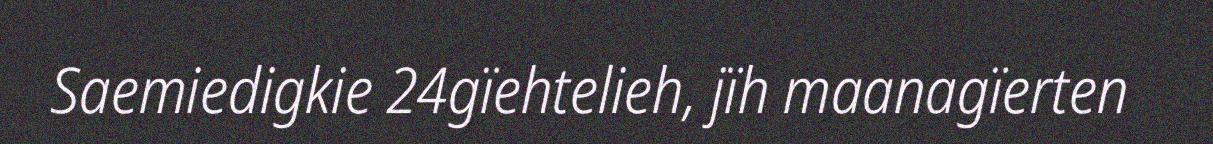
Saemiedigkie 24gïehtelieh, jïh maanagïerten